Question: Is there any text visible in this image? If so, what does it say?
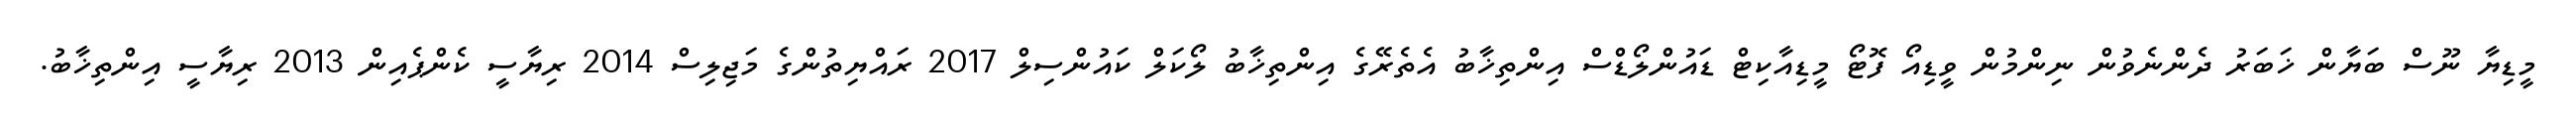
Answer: މީޑިޔާ ނޫސް ބަޔާން ޚަބަރު ދެންނެވުން ނިންމުން ވީޑިއޯ ފޮޓޯ މީޑިއާކިޓް ޑައުންލޯޑްސް އިންތިޚާބު އެތެރޭގެ އިންތިޚާބު ލޯކަލް ކައުންސިލް 2017 ރައްޔިތުންގެ މަޖިލިސް 2014 ރިޔާސީ ކެންޕެއިން 2013 ރިޔާސީ އިންތިޚާބު.